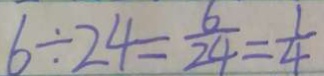
6 \div 2 4 = \frac { 6 } { 2 4 } = \frac { 1 } { 4 }